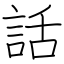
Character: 話